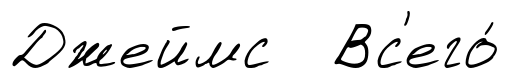
Джеймс Вс'его́